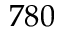
7 8 0